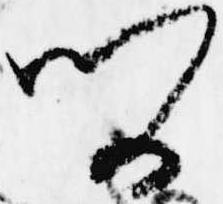
問